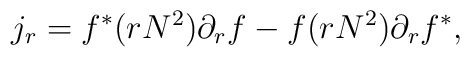
j_r = f^* (r N^2) \partial_r f - f  (r N^2) \partial_r f^*,